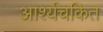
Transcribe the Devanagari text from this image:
आर्श्यचकित